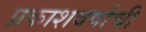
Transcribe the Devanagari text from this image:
प्रकाशवर्षाची